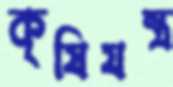
কৃষিযন্ত্র